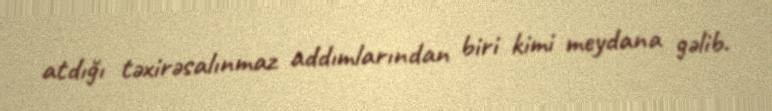
atdığı təxirəsalınmaz addımlarından biri kimi meydana gəlib.